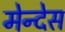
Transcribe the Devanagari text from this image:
मेन्देस